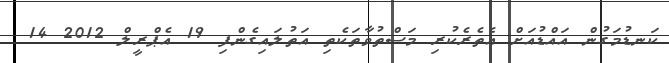
ކަނޑުމަގުން އައްޑުއަށް އެތެރެކުރި މަސްތުވާތަކެތި އަތުލައިގެންފި 19 އެޕްރީލް 2012 14